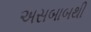
અસબાબથી